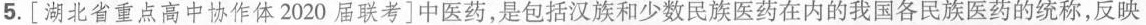
5.[湖北省重点高中协作体2020届联考]中医药，是包括汉族和少数民族医药在内的我国各民族医药的统称，反映